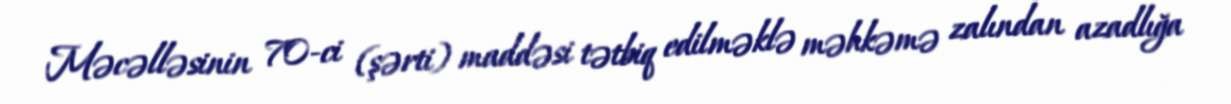
Məcəlləsinin 70-ci (şərti) maddəsi tətbiq edilməklə məhkəmə zalından azadlığa